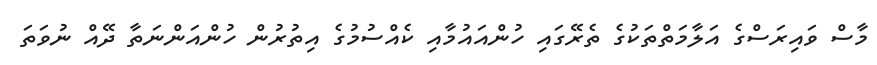
މާސް ވައިރަސްގެ އަލާމަތްތަކުގެ ތެރޭގައި ހުންއައުމާއި ކެއްސުމުގެ އިތުރުން ހުންއަންނަތާ ދޭއް ނުވަތަ